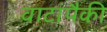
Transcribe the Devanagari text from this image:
वाटांपैकी